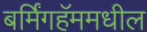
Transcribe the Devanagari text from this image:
बर्मिंगहॅममधील